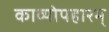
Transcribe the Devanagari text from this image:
काव्योपहारम्